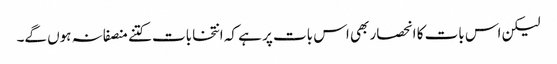
لیکن اس بات کا انحصار بھی اس بات پر ہے کہ انتخابات کتنے منصفانہ ہوں گے۔